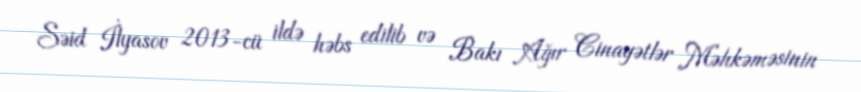
Səid İlyasov 2013-cü ildə həbs edilib və Bakı Ağır Cinayətlər Məhkəməsinin